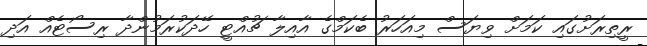
ރީތިރަށުގައި ކަމަށް ވިޔަސް މިއަހަރު ބެކަމްގެ އާއިލާ ޗުއްޓީ ހޭދަކުރަމުންދާ ރިސޯޓެއް އަދި